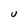
Character: U